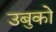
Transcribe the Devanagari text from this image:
उबुको